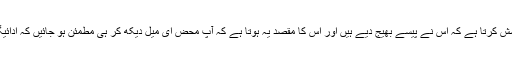
یوں جعل ساز یہ ظاہر کرنے کی کوشش کرتا ہے کہ اس نے پیسے بھیج دیے ہیں اور اس کا مقصد یہ ہوتا ہے کہ آپ محض ای میل دیکھ کر ہی مطمئن ہو جائیں کہ ادائیگی ہوگئی ہے اور اسے مال بھیج دیں۔